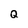
Character: Q